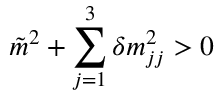
\tilde { m } ^ { 2 } + \sum _ { j = 1 } ^ { 3 } \delta m _ { j j } ^ { 2 } > 0